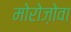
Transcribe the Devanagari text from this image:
मोरोज़ोवा